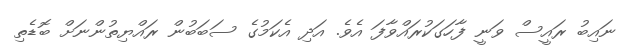
ނައިބު ރައީސް ވަނީ ފާހަގަކުރައްވާފަ އެވެ. އަދި އެކަމުގެ ސަބަބުން ރައްޔިތުންނަށް ބޮޑެތި